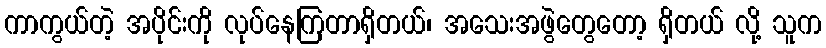
ကာကွယ်တဲ့ အပိုင်းကို လုပ်နေကြတာရှိတယ်၊ အသေးအဖွဲတွေတော့ ရှိတယ် လို့ သူက